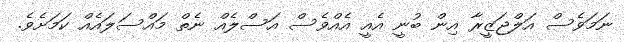
ނަމަވެސް އަލްޖަޒީރާ އިން ބުނީ އެއީ އެއްވެސް އަސްލެއް ނެތް މައްސަލައެއް ކަމަށެވެ.